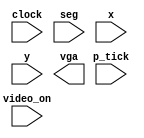
`timescale 1ns / 1ps
//////////////////////////////////////////////////////////////////////////////////
// Company: 
// Engineer: 
// 
// Design Name: 
// Module Name: displaying
// Project Name: 
// Target Devices: 
// Tool Versions: 
// Description: 
// 
// Dependencies: 
// 
// Revision:
// Revision 0.01 - File Created
// Additional Comments:
// 
//////////////////////////////////////////////////////////////////////////////////


module displaying(
    input clock,
    input [15:0]seg,
    input video_on, p_tick,
    input [9:0]x,y,
    output vga
    );
    reg vga_reg,vga_next;
    
    //vga_sync vga_sync_unit (.clk(clk), .reset(clear), .hsync(hsync), .vsync(vsync), .video_on(video_on), .p_tick(p_tick), .x(x), .y(y));
    
    always@(posedge clock)
        begin
        //vga_next = 1;
        //if(video_on)
            //begin
            if( x >= 291 && x <= 320 && y >= 176 && y <= 179)
                if(seg[0] == 1)
                    vga_next = 0;
            else if(x >= 321 && x <= 350 && y >= 176 && y <= 179)
                if(seg[1] == 1)
                    vga_next = 0;
            else if(x >= 347 && x <= 350 && y >= 180 && y <= 239)
                if(seg[2] == 1)
                    vga_next = 0;
            else if(x >= 347 && x <= 350 && y >= 240 && y <= 299)
                if(seg[3] == 1)
                    vga_next = 0;
            else if(x >= 321 && x <= 350 && y >= 300 && y <= 303)
                if(seg[4] == 1)
                    vga_next = 0;
            else if( x >= 291 && x <= 320 && y >= 300 && y <= 303)
                if(seg[5] == 1)
                    vga_next = 0;
            else if(x >= 291 && x <= 294  && y >= 240 && y <= 299)
                if(seg[6] == 1)
                    vga_next = 0;
            else if(x >= 291 && x <= 294 && y >= 180 && y <= 239)
                if(seg[7] == 1)
                    vga_next = 0;
            else if(x >= 295 && x <= 318 && y >= 238 && y <= 241)
                if(seg[8] == 1)
                    vga_next = 0;
            else if(x >= 323 && x <= 346 && y >= 238 && y <= 241)
                if(seg[9] == 1)
                    vga_next = 0;
            else if(x >= 319 && x <= 322 && y >= 180 && y <= 239)
                if(seg[10] == 1)
                    vga_next = 0;
            else if(x >= 319 && x <= 322 && y >= 240 && y <= 299)
                if(seg[11] == 1)
                    vga_next = 0;
            else if( x >= 295 && x <= 296 && y >= 180 && y <= 181) // seg13
                if(seg[12] == 1)
                    vga_next = 0;
            else if( x >= 295 && x <= 297 && y >= 182 && y <= 183)
                if(seg[12] == 1)
                    vga_next = 0;
            else if( x >= 296 && x <= 298 && y >= 184 && y <= 185)
                if(seg[12] == 1)
                    vga_next = 0;
            else if( x >= 297 && x <= 298 && y == 186 )
                if(seg[12] == 1)
                    vga_next = 0;
            else if( x >= 297 && x <= 299 && y >= 187 && y <= 188)
                if(seg[12] == 1)
                    vga_next = 0;
            else if( x >= 298 && x <= 300 && y >= 189 && y <= 190)
                if(seg[12] == 1)
                    vga_next = 0;
            else if( x >= 299 && x <= 300 &&  y == 191)
                if(seg[12] == 1)
                    vga_next = 0;
            else if( x >= 299 && x <= 301 && y >= 192 && y <= 193)
                if(seg[12] == 1)
                    vga_next = 0;
            else if( x >= 300 && x <= 302 && y >= 194 && y <= 195)
                if(seg[12] == 0)
                    vga_next = 0;
            else if( x >= 301 && x <= 302 && y == 196)
                if(seg[12] == 1)
                    vga_next = 0;
            else
                vga_next = 1;
            //end
        //else
        //   vga_next = 0;
        end
   
  //  always@(posedge clock)
     //   begin
       // if( p_tick)
         //   vga_reg <= vga_next;
        //end
        
    //assign vga = vga_reg;
endmodule